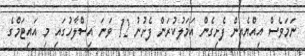
ނަމަވެސް އިއްޔެއިން ފެށިގެން އަމަލުކުރަން ފެށުނު 12 ވަނަ އިސްލާހުގައި މި އައިޓަމްގެ